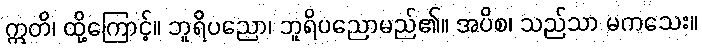
ဣတိ၊ ထို့ကြောင့်။ ဘူရိပညော၊ ဘူရိပညောမည်၏။ အပိစ၊ သည်သာ မကသေး။